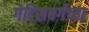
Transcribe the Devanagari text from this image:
गेटिसबर्गच्या